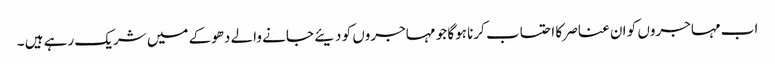
اب مہاجروں کو ان عناصر کا احتساب کرنا ہوگا جو مہاجروں کو دیئے جانے والے دھوکے میں شریک رہے ہیں ۔